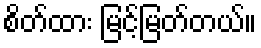
စိတ်ထား မြင့်မြတ်တယ်။